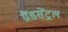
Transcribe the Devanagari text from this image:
ग्रैंडसेंट्रल